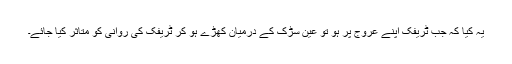
یہ کیا کہ جب ٹریفک اپنے عروج پر ہو تو عین سڑک کے درمیان کھڑے ہو کر ٹریفک کی روانی کو متاثر کیا جائے۔